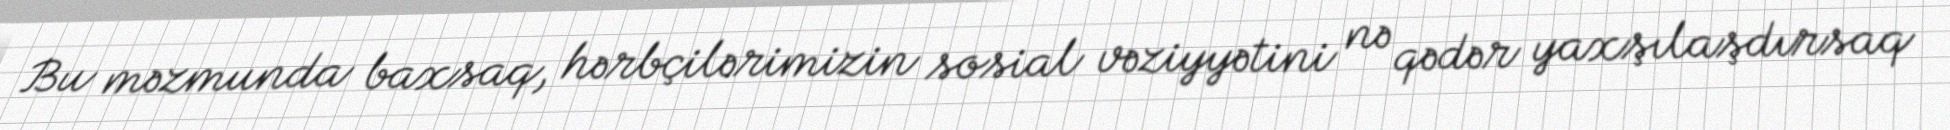
Bu məzmunda baxsaq, hərbçilərimizin sosial vəziyyətini nə qədər yaxşılaşdırsaq